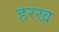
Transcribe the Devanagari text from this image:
हरख